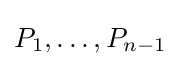
P_{1},\ldots ,P_{n-1}